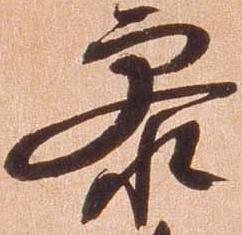
参